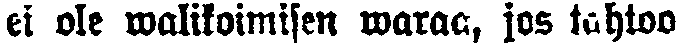
ei ole walikoimisen waraa, jos tahtoo